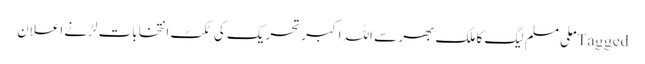
Tagged ملی مسلم لیگ کا ملک بھر سے اللہ اکبر تحریک کی ٹکٹ انتخابات لڑنے اعلان